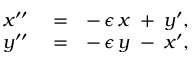
\begin{array} { r l r } { x ^ { \prime \prime } } & { { } = } & { - \, \epsilon \, x \; + \; y ^ { \prime } , } \\ { y ^ { \prime \prime } } & { { } = } & { - \, \epsilon \, y \; - \; x ^ { \prime } , } \end{array}